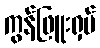
ကွန်ဖြူးရှပ်